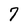
Character: 7